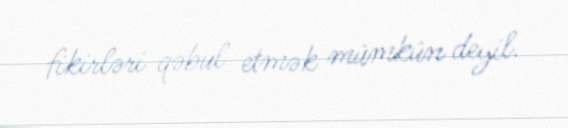
fikirləri qəbul etmək mümkün deyil.